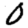
Digit: 0